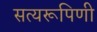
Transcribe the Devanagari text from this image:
सत्यरूपिणी